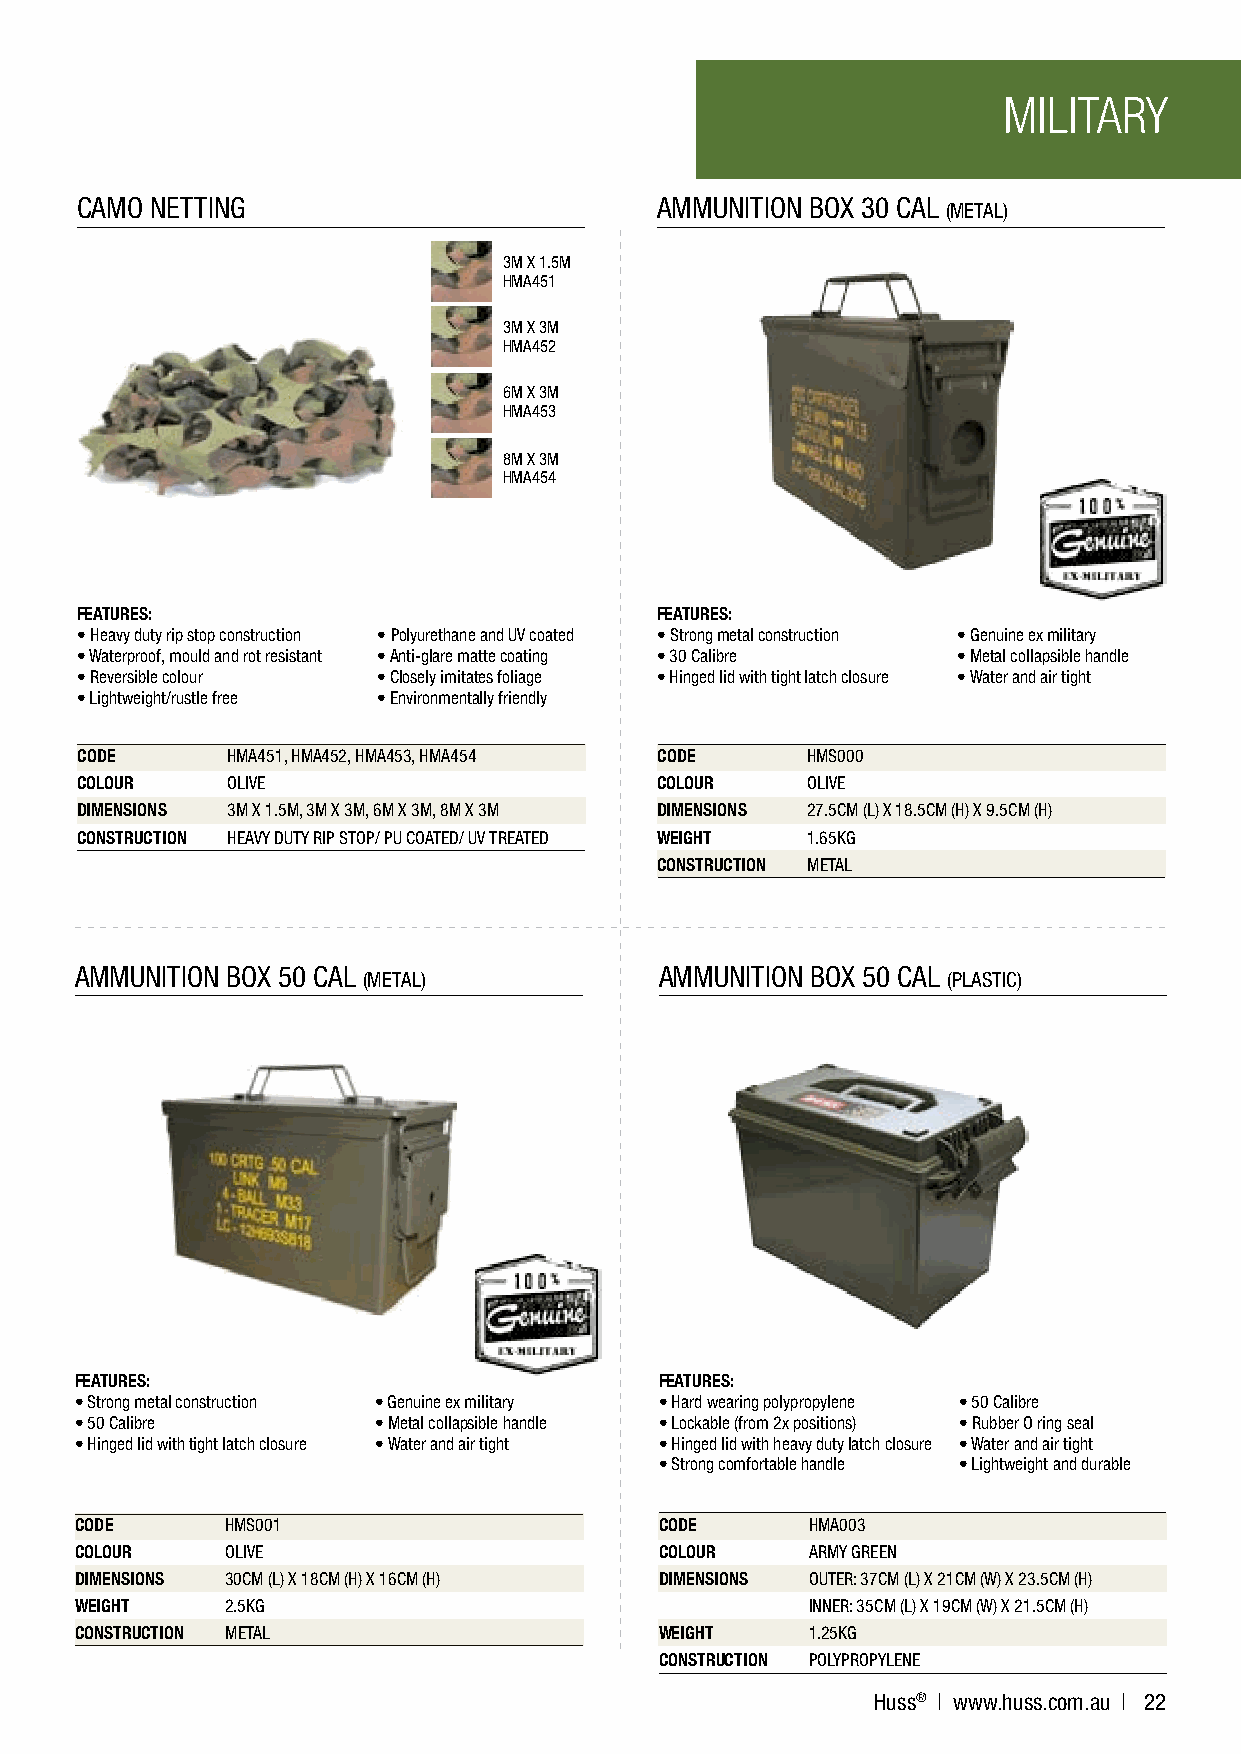
MILITARY
 CAMO NETTING                          AMMUNITION BOX 30 CAL
 (METAL)
 3M X 1.5M
 HMA451
 3M X 3M
 HMA452
 6M X 3M
 HMA453
 8M X 3M
 HMA454
 F
 FEATURES:                             FEATURES:
 • Heavy duty rip stop construction • Polyurethane and UV coated • Strong metal construction • Genuine ex military
 • Waterproof, mould and rot resistant • Anti-glare matte coating • 30 Calibre O • Metal collapsible handle
 • Reversible colour • Closely imitates foliage • Hinged lid with tight latch closure • Water and air tight
 • Lightweight/rustle free • Environmentally friendly
 O
 CODE      HMA451, HMA452, HMA453, HMA454 CODE   HMS000
 COLOUR    OLIVE                       COLOUR    OLIVE
 DIMENSIONS 3M X 1.5M, 3M X 3M, 6M X 3M, 8M X 3M DIMENSIONS 27.5CM (L) X 18.5CM (H) X 9.5CM (H)
 CONSTRUCTION HEAVY DUTY RIP STOP/ PU COATEDR/ UV TREATED WEIGHT 1.65KG
 CONSTRUCTION METAL
 P
 AMMUNITION BOX 50 CAL                  AMMUNITION BOX 50 CAL
 (METAL)                                (PLASTIC)
 FEATURES:                              FEATURES:
 • Strong metal construction • Genuine ex military • Hard wearing polypropylene • 50 Calibre
 • 50 Calibre        • Metal collapsible handle • Lockable (from 2x positions) • Rubber O ring seal
 • Hinged lid with tight latch closure • Water and air tight • Hinged lid with heavy duty latch closure • Water and air tight
 • Strong comfortable handle • Lightweight and durable
 CODE      HMS001                       CODE      HMA003
 COLOUR    OLIVE                        COLOUR    ARMY GREEN
 DIMENSIONS 30CM (L) X 18CM (H) X 16CM (H) DIMENSIONS OUTER: 37CM (L) X 21CM (W) X 23.5CM (H)
 WEIGHT    2.5KG                                  INNER: 35CM (L) X 19CM (W) X 21.5CM (H)
 CONSTRUCTION METAL                     WEIGHT    1.25KG
 CONSTRUCTION POLYPROPYLENE
 Huss® | www.huss.com.au | 22